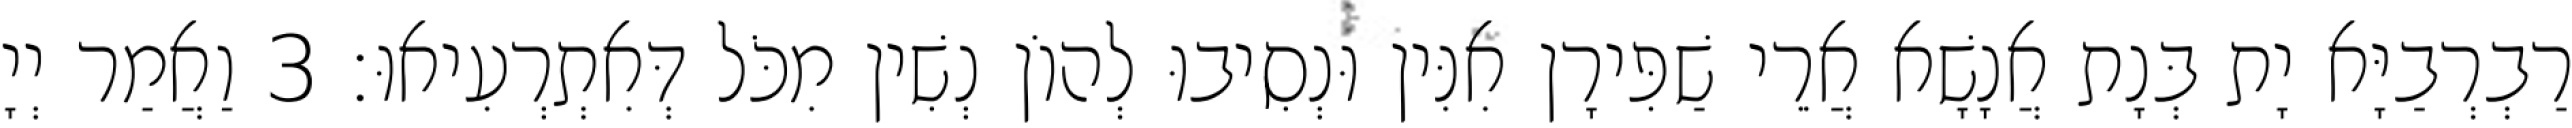
רַבְרְבַיָּא יָת בְּנָת אֲנָשָׁא אֲרֵי שַׁפִּירָן אִנִּין וּנְסִיבוּ לְהוֹן נְשִׁין מִכֹּל דְּאִתְרְעִיאוּ׃ 3 וַאֲמַר יְיָ